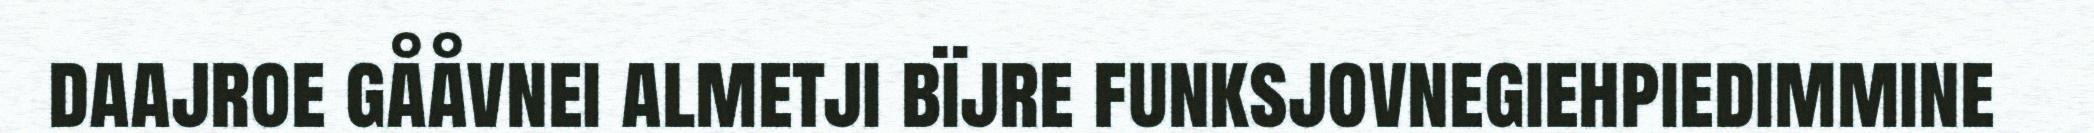
daajroe gååvnei almetji bïjre funksjovnegiehpiedimmine